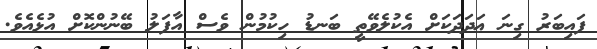
ފައިބަރު ގިނަ ޢަދަދަކަށް އެކުލެވޭތީ ބަނޑު ހިކުމުން ވެސް އާފަލު ބޭނުންކޮށް އުޅެއެވެ.